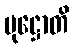
ပုဋ္ဌောတိ